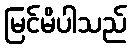
မြင်မိပါသည်